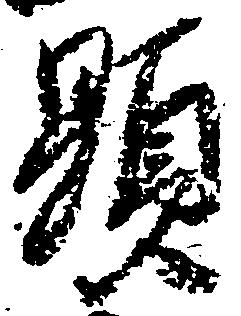
顕